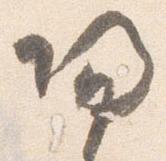
帰